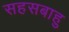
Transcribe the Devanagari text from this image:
सहसबाहु